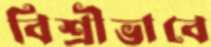
বিশ্রীভাবে